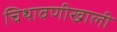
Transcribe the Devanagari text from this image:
चिथावणीखाली